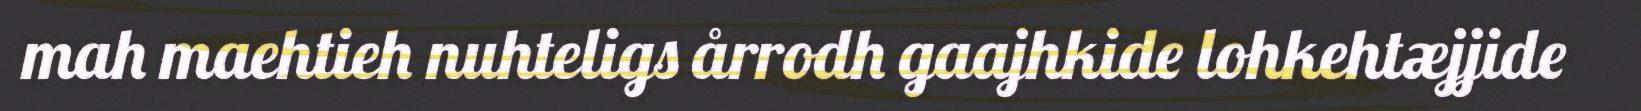
mah maehtieh nuhteligs årrodh gaajhkide lohkehtæjjide